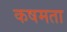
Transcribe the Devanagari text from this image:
कषमता